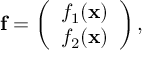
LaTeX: { \bf f } = \left( \begin{array} { c } { { f _ { 1 } ( { \bf x } ) } } \\ { { f _ { 2 } ( { \bf x } ) } } \end{array} \right) ,